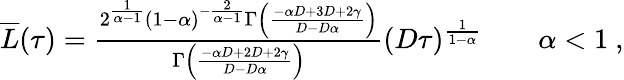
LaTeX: \begin{array}{r}{\overline{{L}}(\tau)=\frac{2^{\frac{1}{\alpha-1}}(1-\alpha)^{-\frac{2}{\alpha-1}}\Gamma\left(\frac{-\alpha D+3D+2\gamma}{D-D\alpha}\right)}{\Gamma\left(\frac{-\alpha D+2D+2\gamma}{D-D\alpha}\right)}(D\tau)^{\frac{1}{1-\alpha}}\qquad\alpha<1\ ,}\end{array}